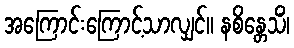
အကြောင်းကြောင့်သာလျှင်။ နစိန္တေသိံ၊